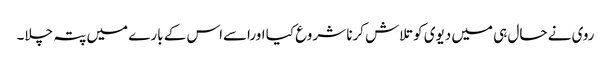
روی نے حال ہی میں دیوی کو تلاش کرنا شروع کیا اوراسےاس کے بارے میں پتہ چلا۔